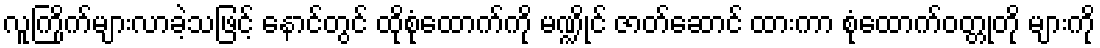
လူကြိုက်များလာခဲ့သဖြင့် နောင်တွင် ထိုစုံထောက်ကို မဏ္ဍိုင် ဇာတ်ဆောင် ထားကာ စုံထောက်ဝတ္တုတို များကို